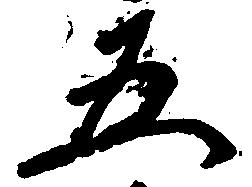
五